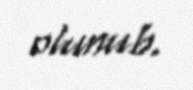
olunub.